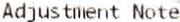
ADJUSTMENT NOTE